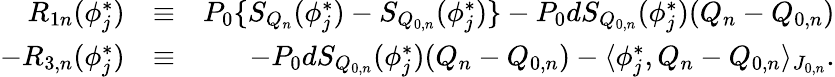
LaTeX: \begin{array}{rlr}{R_{1n}({\phi}_{j}^{*})}&{\equiv}&{P_{0}\{ S_{Q_{n}}({\phi}_{j}^{*})-S_{Q_{0,n}}({\phi}_{j}^{*})\} -P_{0}dS_{Q_{0,n}}(\phi_{j}^{*})(Q_{n}-Q_{0,n})}\\ {-R_{3,n}(\phi_{j}^{*})}&{\equiv}&{-P_{0}dS_{Q_{0,n}}(\phi_{j}^{*})(Q_{n}-Q_{0,n})-\langle\phi_{j}^{*},Q_{n}-Q_{0,n}\rangle_{J_{0,n}}.}\end{array}